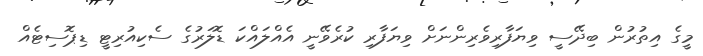
މީގެ އިތުރުން ބިދޭސީ ވިޔަފާރިވެރިންނަށް ވިޔަފާރި ކުރެވޭނީ އެއްލައްކަ ޑޮލަރުގެ ސެކިއުރިޓީ ޑިޕޮސިޓެއް